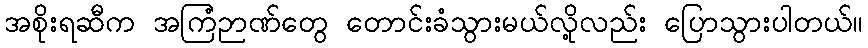
အစိုးရဆီက အကြံဉာဏ်တွေ တောင်းခံသွားမယ်လို့လည်း ပြောသွားပါတယ်။